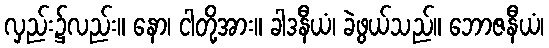
လှည်း၌လည်း။ နော၊ ငါတို့အား။ ခါဒနီယံ၊ ခဲဖွယ်သည်။ ဘောဇနီယံ၊